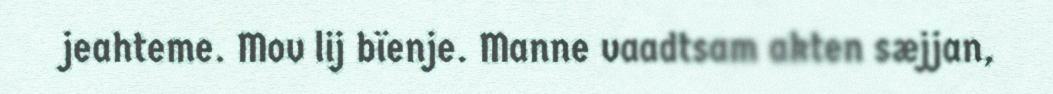
jeahteme. Mov lij bïenje. Manne vaadtsam akten sæjjan,